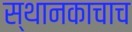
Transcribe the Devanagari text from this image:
स्थानकाचाच